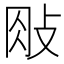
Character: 𢼱